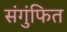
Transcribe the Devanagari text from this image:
संगुंफित